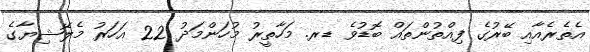
އެތެރެއާއި ބޭރުގެ ފިއްތުންތައް ބޮޑުވެ ޑރ. މަހާތީރު މުހަންމަދު 22 އަހަރު މެލޭޝިޔާގެ